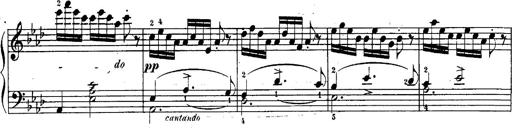
Title: Schubert's Impromptus [revised and edited by Franz Liszt]
Composer: Franz Liszt